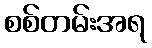
စစ်တမ်းအရ